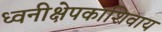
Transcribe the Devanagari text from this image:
ध्वनीक्षेपकाशिवाय